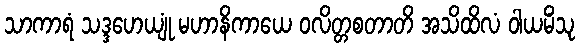
သာကာရံ သဒ္ဒဟေယျုံ မဟာနိကာယေ ဝလိတ္တစတာတိ အသိထိလံ ဝါယမိံသု